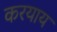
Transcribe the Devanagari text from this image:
करयाय